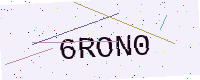
Text: 6RON0